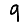
Digit: 9